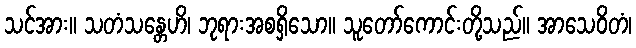
သင်အား။ သတံသန္တေဟိ၊ ဘုရားအစရှိသော။ သူတော်ကောင်းတို့သည်။ အာသေဝိတံ၊